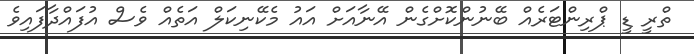
ތްރީ ޑީ ޕްރިންޓަރެއް ބޭނުންކޮށްގެން އޭނާއަށް އައު މެކޭނިކަލް އަތެއް ވެސް އުފައްދާފައިވެ